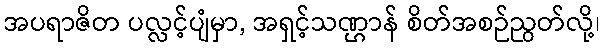
အပရာဇိတ ပလ္လင့်ပျံမှာ, အရှင့်သဏ္ဌာန် စိတ်အစဉ်ညွတ်လို့၊